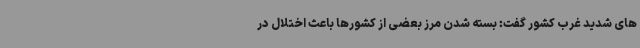
های شدید غرب کشور گفت: بسته شدن مرز بعضی از کشورها باعث اختلال در